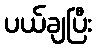
ပယ်ချပြီး